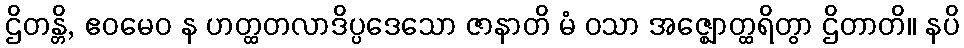
ဌိတန္တိ, ဧဝမေဝ န ဟတ္ထတလာဒိပ္ပဒေသော ဇာနာတိ မံ ဝသာ အဇ္ဈောတ္ထရိတွာ ဌိတာတိ။ နပိ